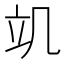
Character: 竌